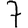
Digit: 7